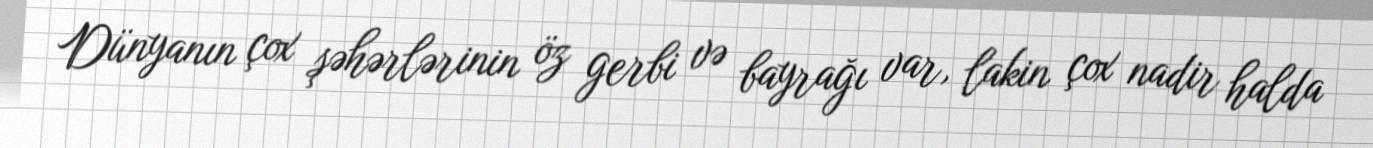
Dünyanın çox şəhərlərinin öz gerbi və bayrağı var, lakin çox nadir halda